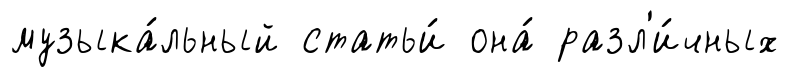
музыка́льный статьи́ она́ разл'и́чных